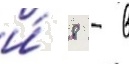
и́ 8 - в